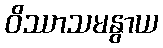
ဝိဿာသမနွာယ